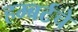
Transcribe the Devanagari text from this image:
हम्बर्टचे